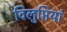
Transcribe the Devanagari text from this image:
विलुप्तियां